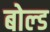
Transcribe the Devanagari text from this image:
बोल्‍ड